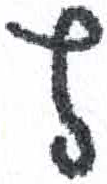
אות: ץ